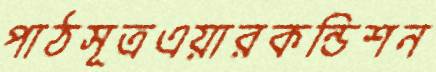
পাঠসূত্রএয়ারকন্ডিশন